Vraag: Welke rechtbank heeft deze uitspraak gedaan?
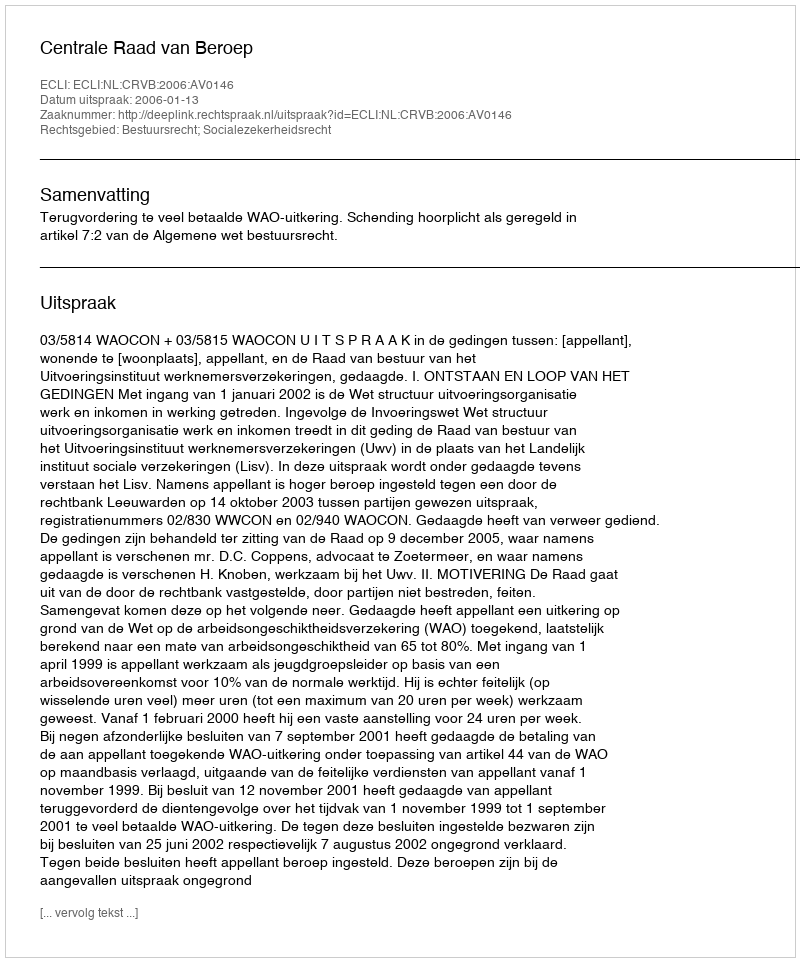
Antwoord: Centrale Raad van Beroep